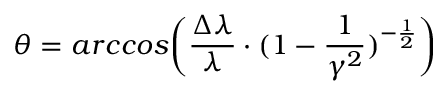
\theta = a r c c o s \bigg ( \frac { \Delta \lambda } { \lambda } \cdot ( 1 - \frac { 1 } { \gamma ^ { 2 } } ) ^ { - \frac { 1 } { 2 } } \bigg )